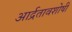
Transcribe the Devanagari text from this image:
आर्द्रतावशोषी